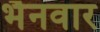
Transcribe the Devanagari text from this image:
भैनवार